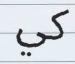
كي